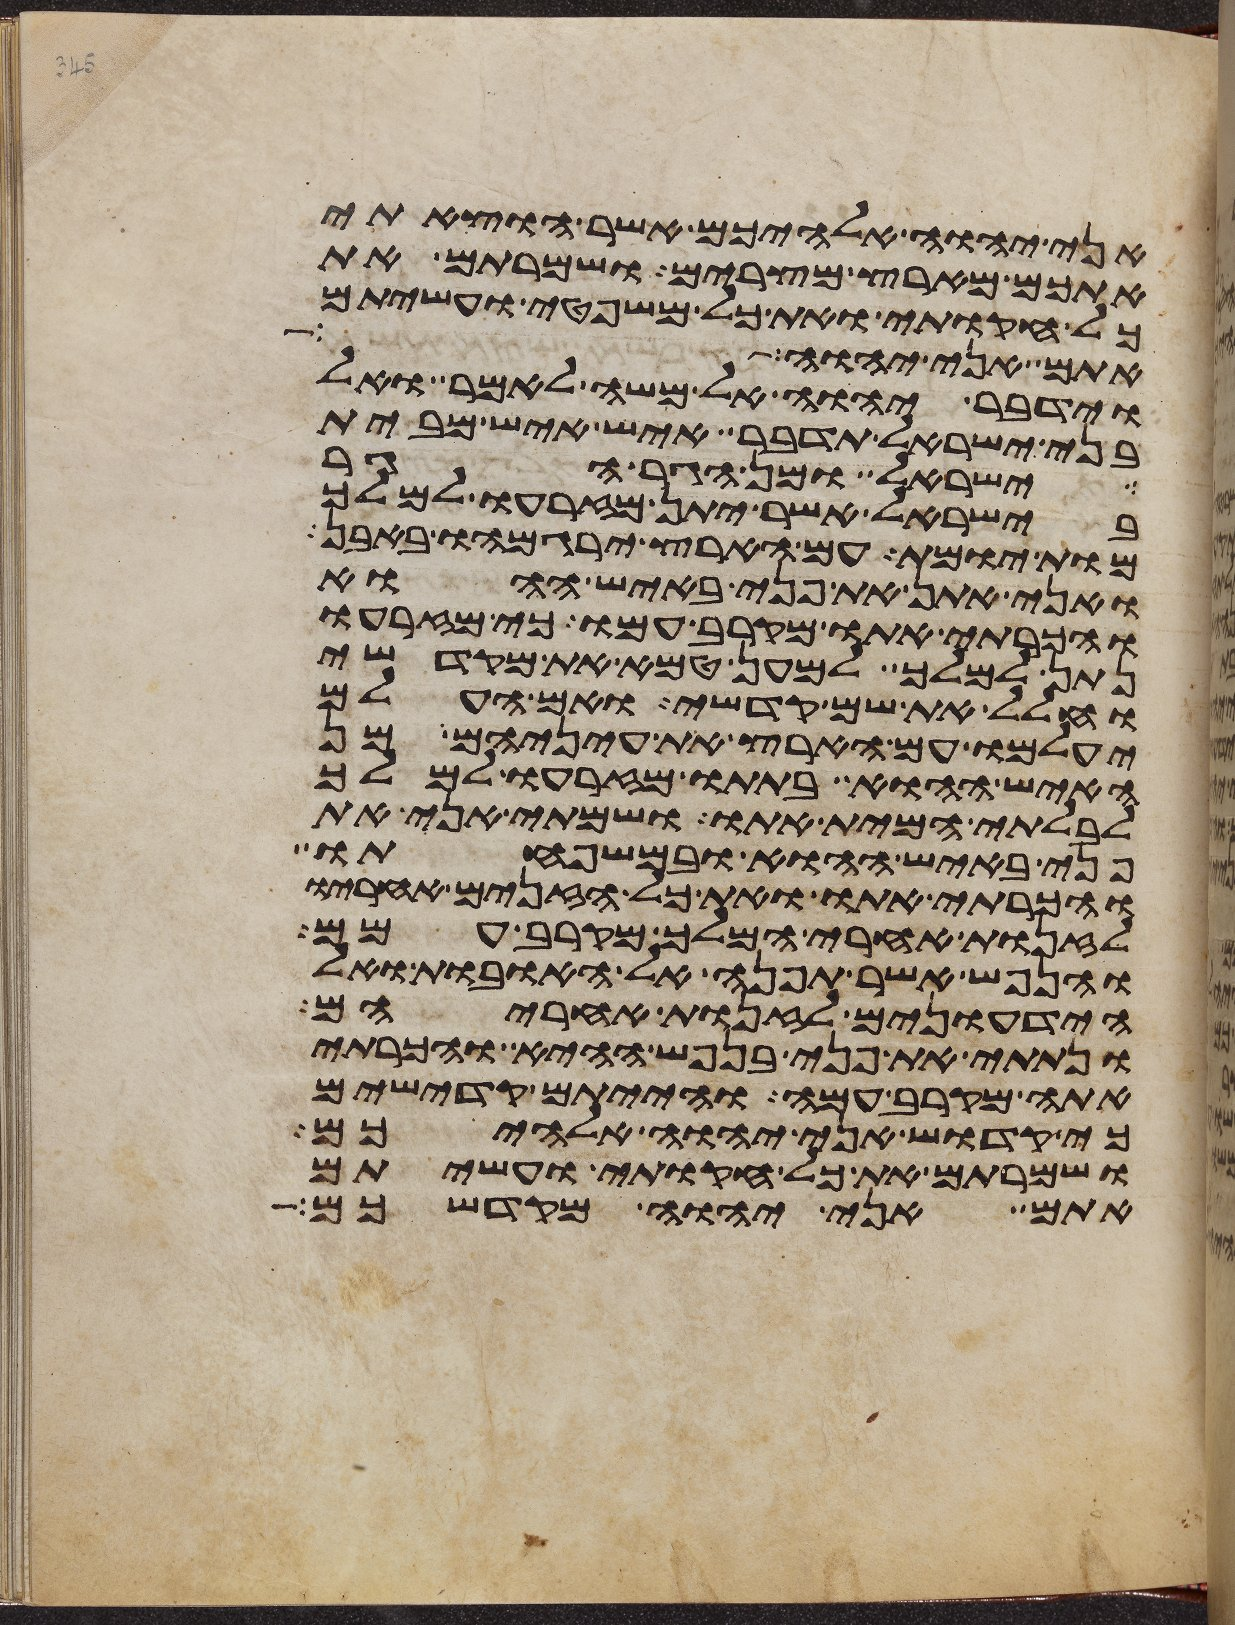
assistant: אני יהוה אלהיכם אשר הוצאתי
אתכם מארץ מצרים ושמרתם את
כל חקותי ואת כל משפטי ועשיתם
אתם אני יהוה
וידבר יהוה אל משה לאמר ואל
בני ישראל תדבר איש איש מבית
ישראל ומן הגר הגר
בישראל אשר יתן מזרעו למלך
מות יומת עם הארץ ירגמהו באבן
ואני אתן את פני באיש ההוא
והכרתי אתו מקרב עמו כי מזרעו
נתן למלך למען טמא את מקדשי
וחלל את שם קדשי ואם העלם
יעלמו עם הארץ את עיניהם מן
האיש ההוא בתתו מזרעו למלך
לבלתי המית אתו ושמתי אני את
פני באיש ההוא ובמשפחתו
והכרתי אתו ואת כל הזנים אחריו
לזנות אחרי המלך מקרב עמם
והנפש אשר תפנה אל האובות ואל
הידעונים לזנות אחריהם
ונתתי את פני בנפש ההיא והכרתי
אתה מקרב עמה והייתם קדישים
כי קדוש אני יהוה אלהיכם
ושמרתם את כל חקותי ועשיתם
אתם אני יהוה מקדשכם